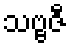
သဗ္ဗဇီ